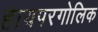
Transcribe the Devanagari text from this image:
हायपरगोलिक